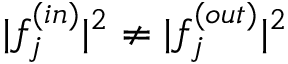
\lvert f _ { j } ^ { ( i n ) } \rvert ^ { 2 } \ne \lvert f _ { j } ^ { ( o u t ) } \rvert ^ { 2 }